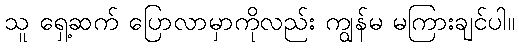
သူ ရှေ့ဆက် ပြောလာမှာကိုလည်း ကျွန်မ မကြားချင်ပါ။